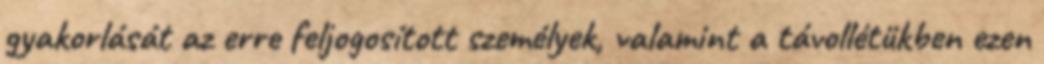
gyakorlását az erre feljogosított személyek, valamint a távollétükben ezen